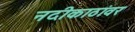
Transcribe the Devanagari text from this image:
नदीकाठांवर